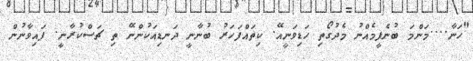
"ހަނާ....މަންމަ ބުނެފީމެއްނު މެދުގޯތި ހަޑިވަނީއޭ. ކިތައްފަހަރު ބުނާނީ ދަނޑިއަކުންނޭ ތި ޗަސްކުރާނީ. ފައިވާނުން